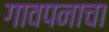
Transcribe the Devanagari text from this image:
गावपनाचा